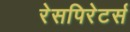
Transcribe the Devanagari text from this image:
रेसपिरेटर्स